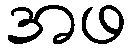
အဖ